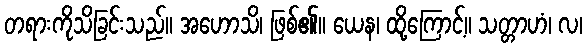
တရားကိုသိခြင်းသည်။ အဟောသိ၊ ဖြစ်၏။ ယေန၊ ထို့ကြောင့်။ သတ္တာဟံ၊ လ၊